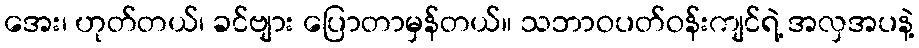
အေး၊ ဟုတ်တယ်၊ ခင်ဗျား ပြောတာမှန်တယ်။ သဘာဝပတ်ဝန်းကျင်ရဲ့ အလှအပနဲ့